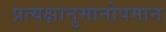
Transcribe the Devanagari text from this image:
प्रत्यक्षानुमानोपमान